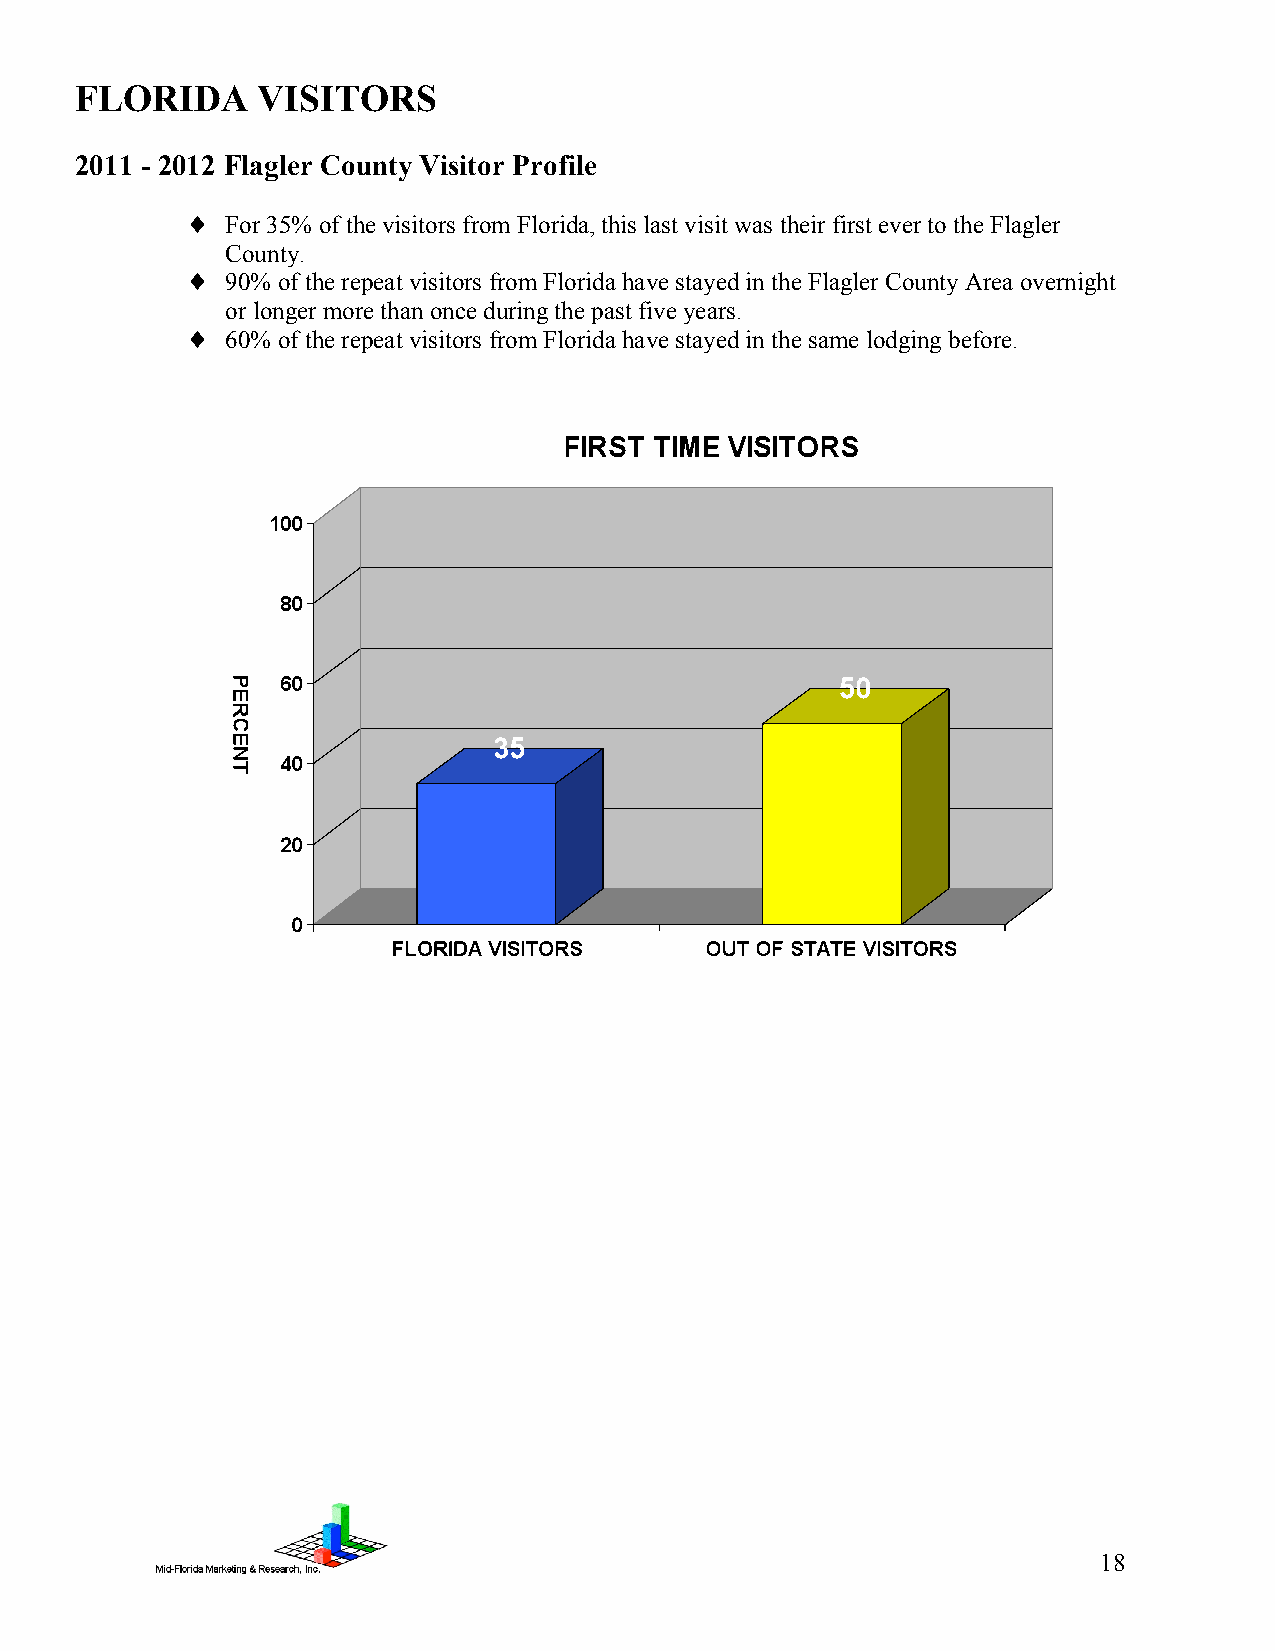
FLORIDA     VISITORS
 2011 - 2012 Flagler County Visitor Profile
 ♦  For 35% of the visitors from Florida, this last visit was their first ever to the Flagler
 County.
 ♦  90% of the repeat visitors from Florida have stayed in the Flagler County Area overnight
 or longer more than once during the past five years.
 ♦  60% of the repeat visitors from Florida have stayed in the same lodging before.
 18